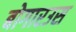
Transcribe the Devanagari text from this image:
बोगारउस